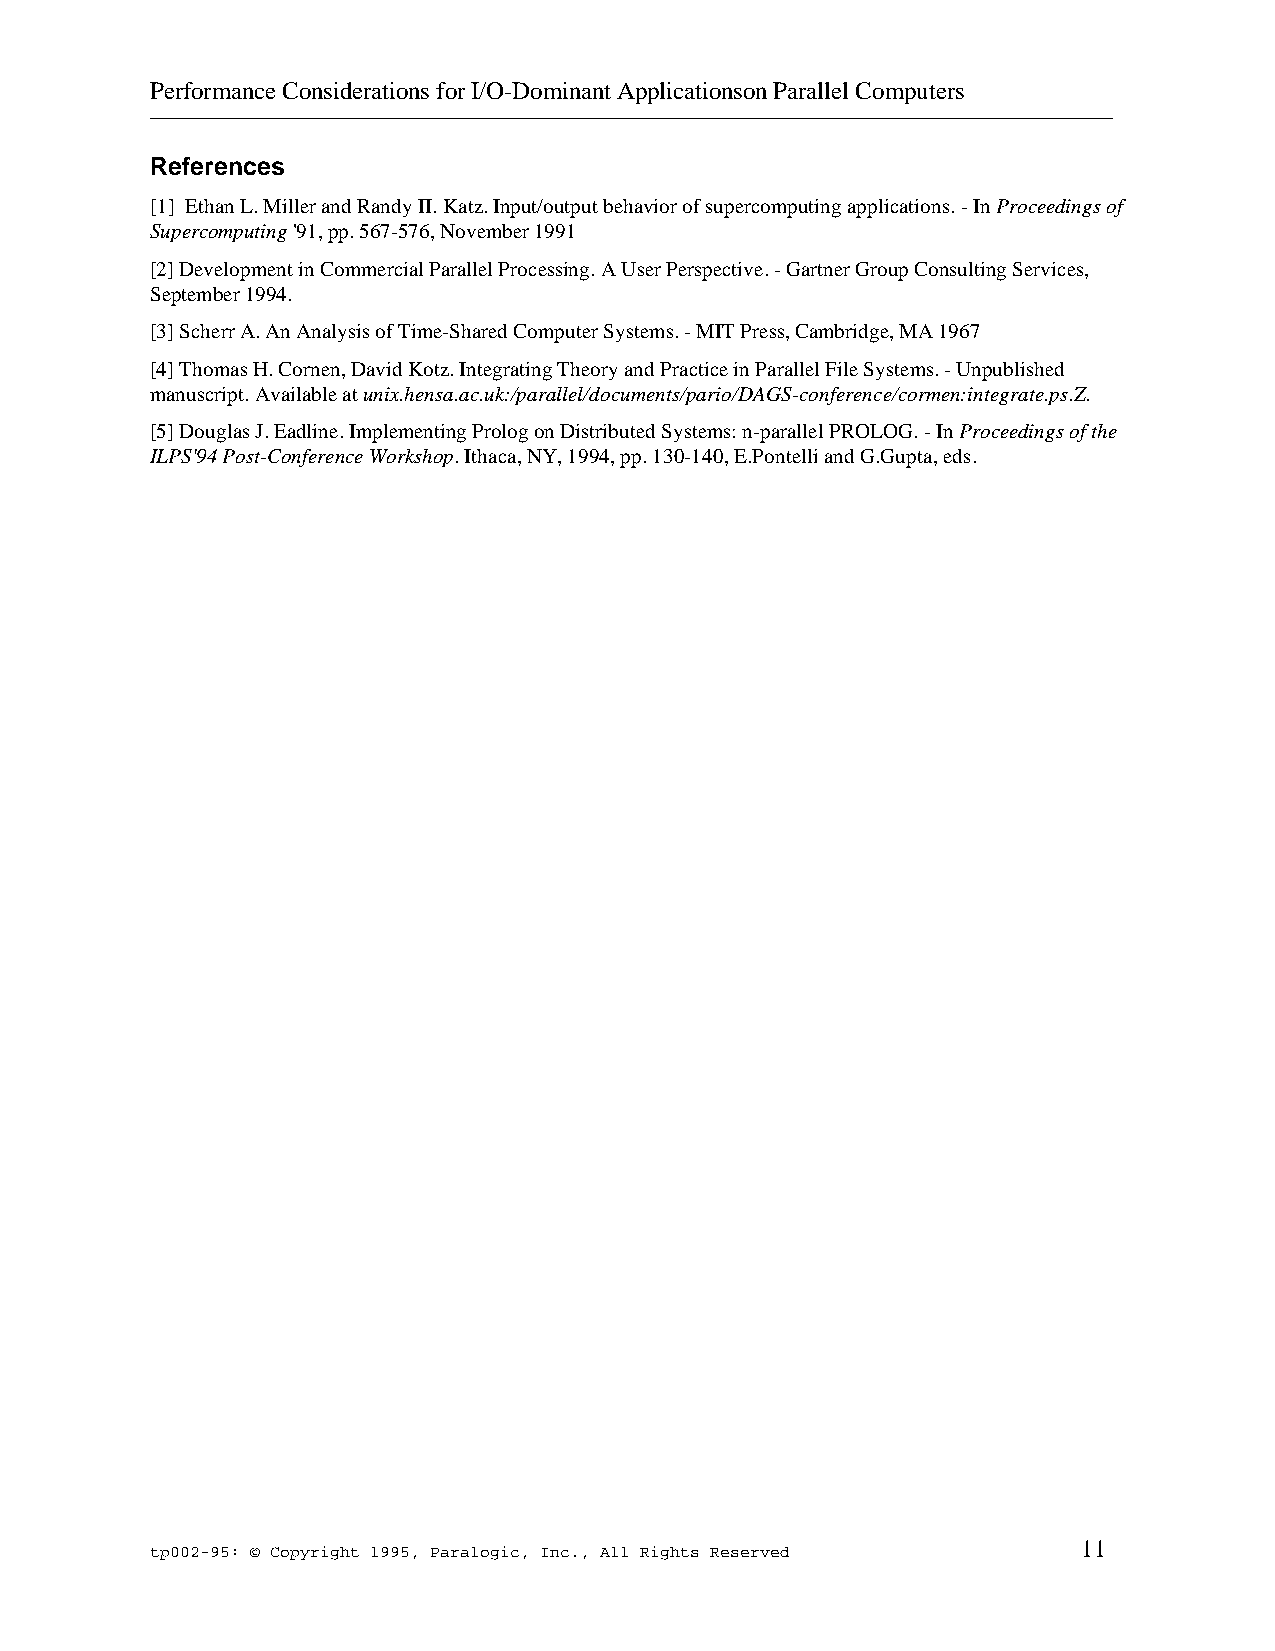
Performance Considerations for I/O-Dominant Applicationson Parallel Computers
 _____________________________________________________________________________
 References
 [1] Ethan L. Miller and Randy II. Katz. Input/output behavior of supercomputing applications. - In Proceedings of
 Supercomputing '91, pp. 567-576, November 1991
 [2] Development in Commercial Parallel Processing. A User Perspective. - Gartner Group Consulting Services,
 September 1994.
 [3] Scherr A. An Analysis of Time-Shared Computer Systems. - MIT Press, Cambridge, MA 1967
 [4] Thomas H. Cornen, David Kotz. Integrating Theory and Practice in Parallel File Systems. - Unpublished
 manuscript. Available at unix.hensa.ac.uk:/parallel/documents/pario/DAGS-conference/cormen:integrate.ps.Z.
 [5] Douglas J. Eadline. Implementing Prolog on Distributed Systems: n-parallel PROLOG. - In Proceedings of the
 ILPS'94 Post-Conference Workshop. Ithaca, NY, 1994, pp. 130-140, E.Pontelli and G.Gupta, eds.
 11
 tp002-95: © Copyright 1995, Paralogic, Inc., All Rights Reserved